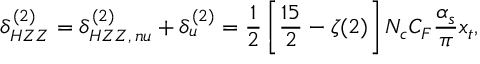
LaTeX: \delta _ { H Z Z } ^ { ( 2 ) } = \delta _ { H Z Z , \, n u } ^ { ( 2 ) } + \delta _ { u } ^ { ( 2 ) } = \frac { 1 } { 2 } \left[ \frac { 1 5 } { 2 } - \zeta ( 2 ) \right] N _ { c } C _ { F } \frac { \alpha _ { s } } { \pi } x _ { t } ,